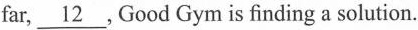
far,\underline{12},Good Gym is finding a solution.